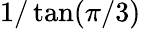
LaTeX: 1/\tan(\pi/3)